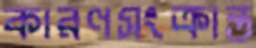
কারণসংক্রান্ত